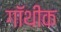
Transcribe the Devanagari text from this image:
गॉथीक